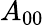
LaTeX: A_{00}